Insane asylums in Bengal annual reports 1867-1875 - 1867-1875
Year: 1867
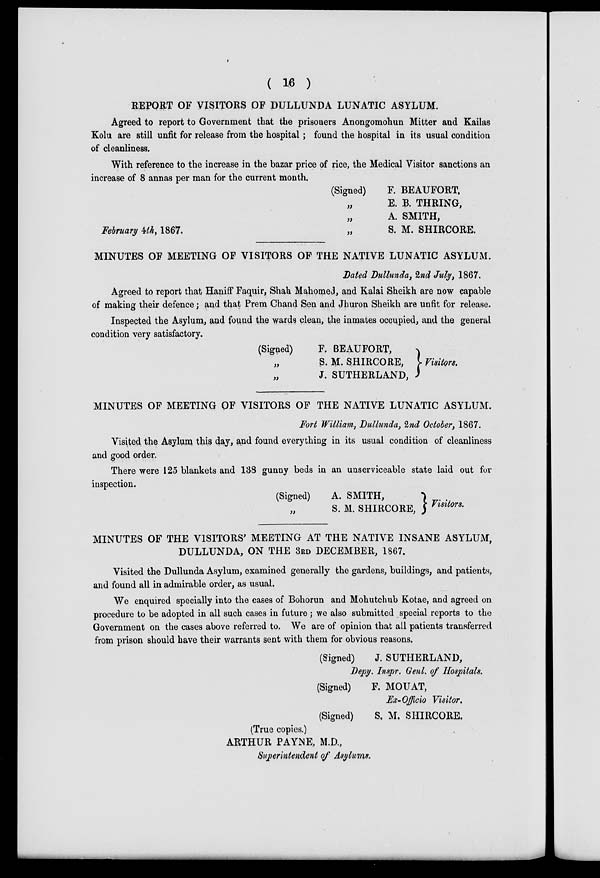
( 16 )
REPORT OF VISITORS OF DULLUNDA LUNATIC ASYLUM.
Agreed to report to Government that the prisoners Anongomohun Mitter and Kailas
Kolu are still unfit for release from the hospital; found the hospital in its usual condition
of cleanliness.
With reference to the increase in the bazar price of rice, the Medical Visitor sanctions an
increase of 8 annas per man for the current month.
(Signed)
„
„
February 4th,1867.
„
F. BEAUFORT,
E. B. THRING,
A. SMITH,
S. M. SHIRCORE.
MINUTES OF MEETING OF VISITORS OF THE NATIVE LUNATIC ASYLUM.
Dated Dullunda, 2nd July, 1867.
Agreed to report that Haniff Faquir, Shah Mahomed, and Kalai Sheikh are now capable
of making their defence; and that Prem Chand Sen and Jhuron Sheikh are unfit for release.
Inspected the Asylum, and found the wards clean, the inmates occupied, and the general
condition very satisfactory.
(Signed)
„
„
F. BEAUFORT,
S. M. SHIRCORE,
J. SUTHERLAND,
Visitors.
MINUTES OF MEETING OF VISITORS OF THE NATIVE LUNATIC ASYLUM.
Fort William, Dullunda, 2nd October, 1867.
Visited the Asylum this day, and found everything in its usual condition of cleanliness
and good order.
There were 125 blankets and 138 gunny beds in an unserviceable state laid out for
inspection.
(Signed)
„
A. SMITH,
S. M. SHIRCORE, Visitors.
MINUTES OF THE VISITORS' MEETING AT THE NATIVE INSANE ASYLUM,
DULLUNDA, ON THE 3RD DECEMBER, 1867.
Visited the Dullunda Asylum, examined generally the gardens, buildings, and patients,
and found all in admirable order, as usual.
We enquired specially into the cases of Bohorun and Mohutchub Kotae, and agreed on
procedure to be adopted in all such cases in future ; we also submitted special reports to the
Government on the cases above referred to. We are of opinion that all patients transferred
from prison should have their warrants sent with them for obvious reasons.
(Signed)
J. SUTHERLAND,
Depy. Inspr. Gent. of Hospitals.
(Signed)
F. MOUAT,
Ex-Officio Visitor.
(Signed)
S. M. SHIRCORE.
(True copies.)
ARTHUR PAYNE, M.D.,
Superintendent of Asylums.